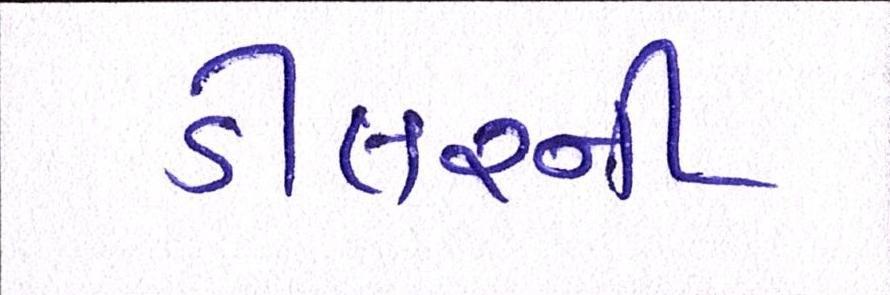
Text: ડીલરની